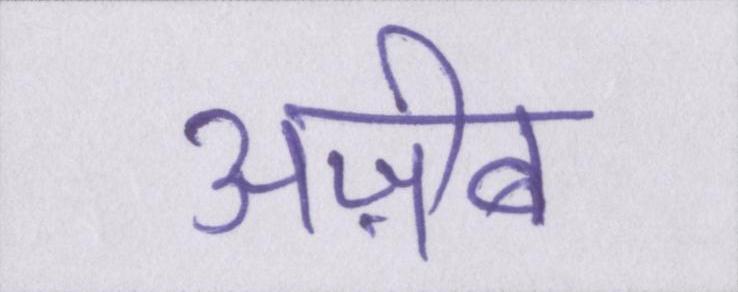
अज़ीब